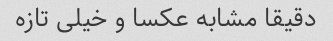
دقیقا مشابه عکسا و خیلی تازه